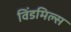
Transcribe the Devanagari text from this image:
विंडमिल्स